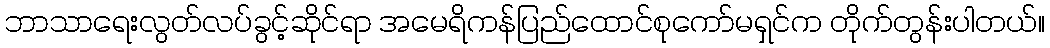
ဘာသာရေးလွတ်လပ်ခွင့်ဆိုင်ရာ အမေရိကန်ပြည်ထောင်စုကော်မရှင်က တိုက်တွန်းပါတယ်။